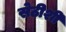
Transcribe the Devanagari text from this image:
सेठीशी